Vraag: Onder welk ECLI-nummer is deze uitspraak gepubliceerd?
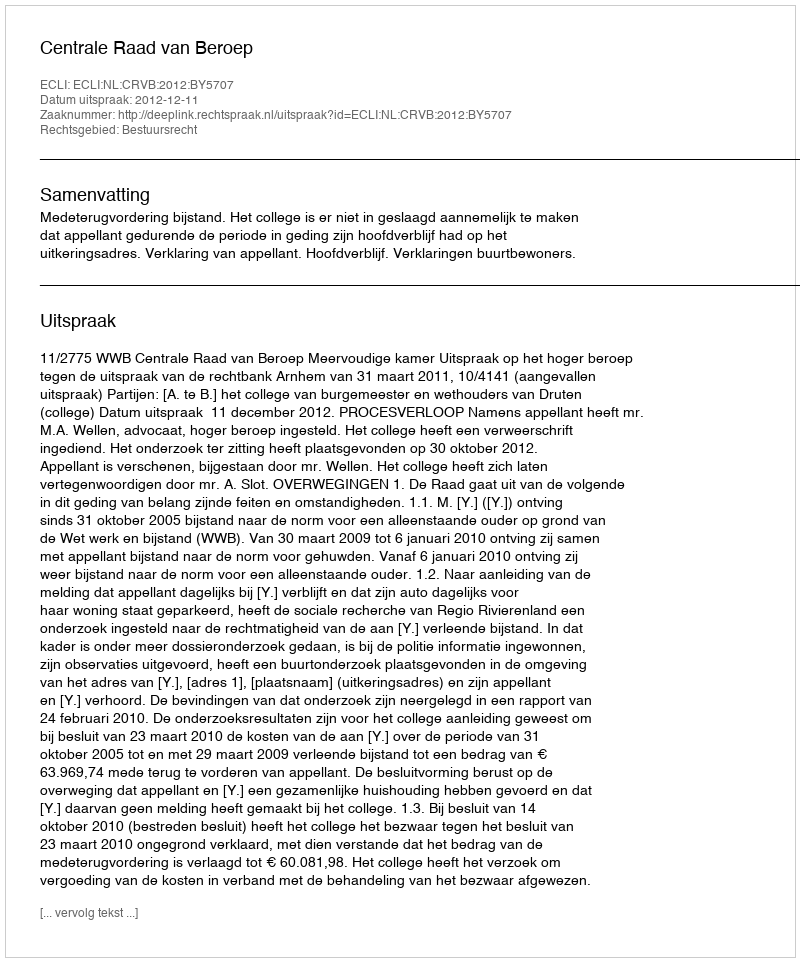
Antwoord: ECLI:NL:CRVB:2012:BY5707